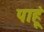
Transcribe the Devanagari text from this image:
पाहू्ं